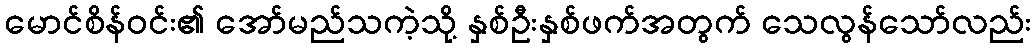
မောင်စိန်ဝင်း၏ အော်မည်သကဲ့သို့ နှစ်ဦးနှစ်ဖက်အတွက် သေလွန်သော်လည်း